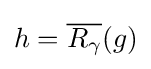
h={\overline {R_{\gamma }}}(g)